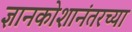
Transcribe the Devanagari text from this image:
ज्ञानकोशानंतरच्या